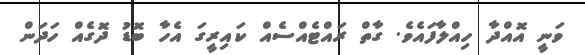
ވަނީ އޮއްދާ ހިއްލާފައެވެ. ގާތް ރައްޓެއްސެއް ކައިރީގަ އެހާ ބޮޑު ދޮގެއް ހަދަން